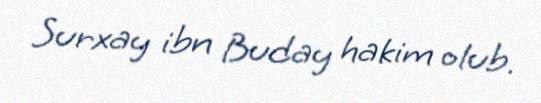
Surxay ibn Buday hakim olub.